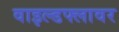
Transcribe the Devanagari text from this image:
वाइल्डफ्लावर